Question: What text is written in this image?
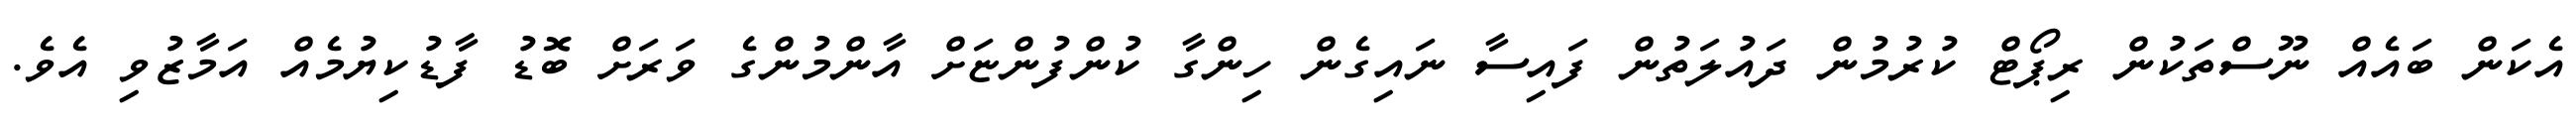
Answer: އެކަން ބައެއް ނޫސްތަކުން ރިޕޯޓް ކުރުމުން ދައުލަތުން ފައިސާ ނައިގެން ހިންގާ ކުންފުންޏަށް އާންމުންގެ ވަރަށް ބޮޑު ފާޑުކިޔުމެއް އަމާޒުވި އެވެ.